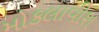
મોકલાવીશ